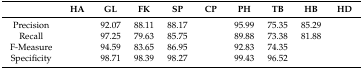
<table><thead><tr><td>[EMPTY_CELL]</td><td><b>HA</b></td><td><b>GL</b></td><td><b>FK</b></td><td><b>SP</b></td><td><b>CP</b></td><td><b>PH</b></td><td><b>TB</b></td><td><b>HB</b></td><td><b>HD</b></td></tr></thead><tbody><tr><td>Precision</td><td>[EMPTY_CELL]</td><td>92.07</td><td>88.11</td><td>88.17</td><td>[EMPTY_CELL]</td><td>95.99</td><td>75.35</td><td>85.29</td><td>[EMPTY_CELL]</td></tr><tr><td>Recall</td><td>[EMPTY_CELL]</td><td>97.25</td><td>79.63</td><td>85.75</td><td>[EMPTY_CELL]</td><td>89.88</td><td>73.38</td><td>81.88</td><td>[EMPTY_CELL]</td></tr><tr><td>F-Measure</td><td>[EMPTY_CELL]</td><td>94.59</td><td>83.65</td><td>86.95</td><td>[EMPTY_CELL]</td><td>92.83</td><td>74.35</td><td>[EMPTY_CELL]</td><td>[EMPTY_CELL]</td></tr><tr><td>Specificity</td><td>[EMPTY_CELL]</td><td>98.71</td><td>98.39</td><td>98.27</td><td>[EMPTY_CELL]</td><td>99.43</td><td>96.52</td><td>[EMPTY_CELL]</td><td>[EMPTY_CELL]</td></tr></tbody></table>